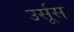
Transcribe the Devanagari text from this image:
उर्सूस